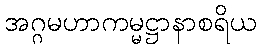
အဂ္ဂမဟာကမ္မဋ္ဌာနာစရိယ